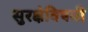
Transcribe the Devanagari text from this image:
सुरक्षेविषयी